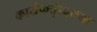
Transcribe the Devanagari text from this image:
कार्यकर्तृत्वाच्या